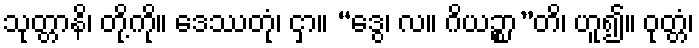
သုတ္တာနိ၊ တို့ကို။ ဒေဿတုံ၊ ငှာ။ “ဒွေ၊ လ။ ဂိယဉ္စာ”တိ၊ ဟူ၍။ ဝုတ္တံ၊